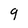
Character: 9